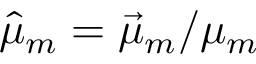
\hat { \mu } _ { m } = \vec { \mu } _ { m } / \mu _ { m }